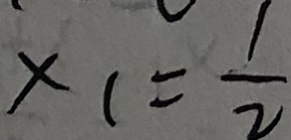
x _ { 1 } = \frac { 1 } { 2 }